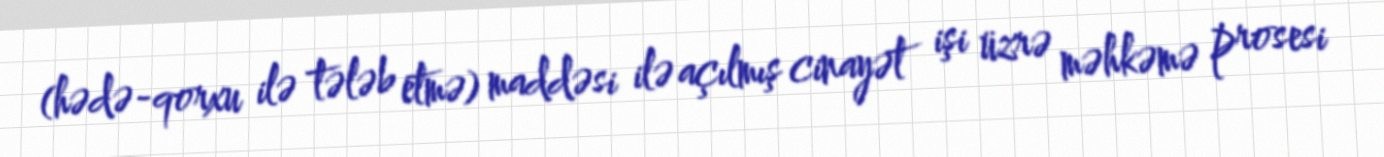
(hədə-qorxu ilə tələb etmə) maddəsi ilə açılmış cinayət işi üzrə məhkəmə prosesi